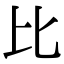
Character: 比